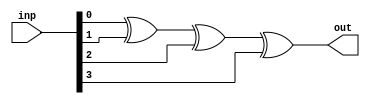
module paritygenerator(inp,out);
input [3:0] inp;
output out;
assign out = (inp[0]^inp[1]^inp[2]^inp[3]);
endmodule